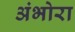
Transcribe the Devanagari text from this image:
अंभोरा